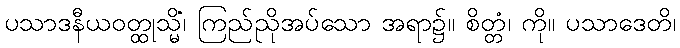
ပသာဒနီယဝတ္ထုသ္မိံ၊ ကြည်ညိုအပ်သော အရာ၌။ စိတ္တံ၊ ကို။ ပသာဒေတိ၊